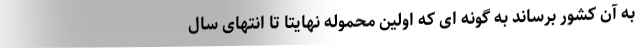
به آن کشور برساند به گونه ای که اولین محموله نهایتا تا انتهای سال